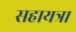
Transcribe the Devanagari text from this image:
सहायत्रा